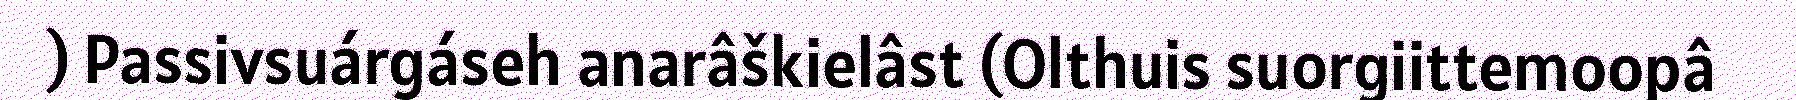
) Passivsuárgáseh anarâškielâst (Olthuis suorgiittemoopâ